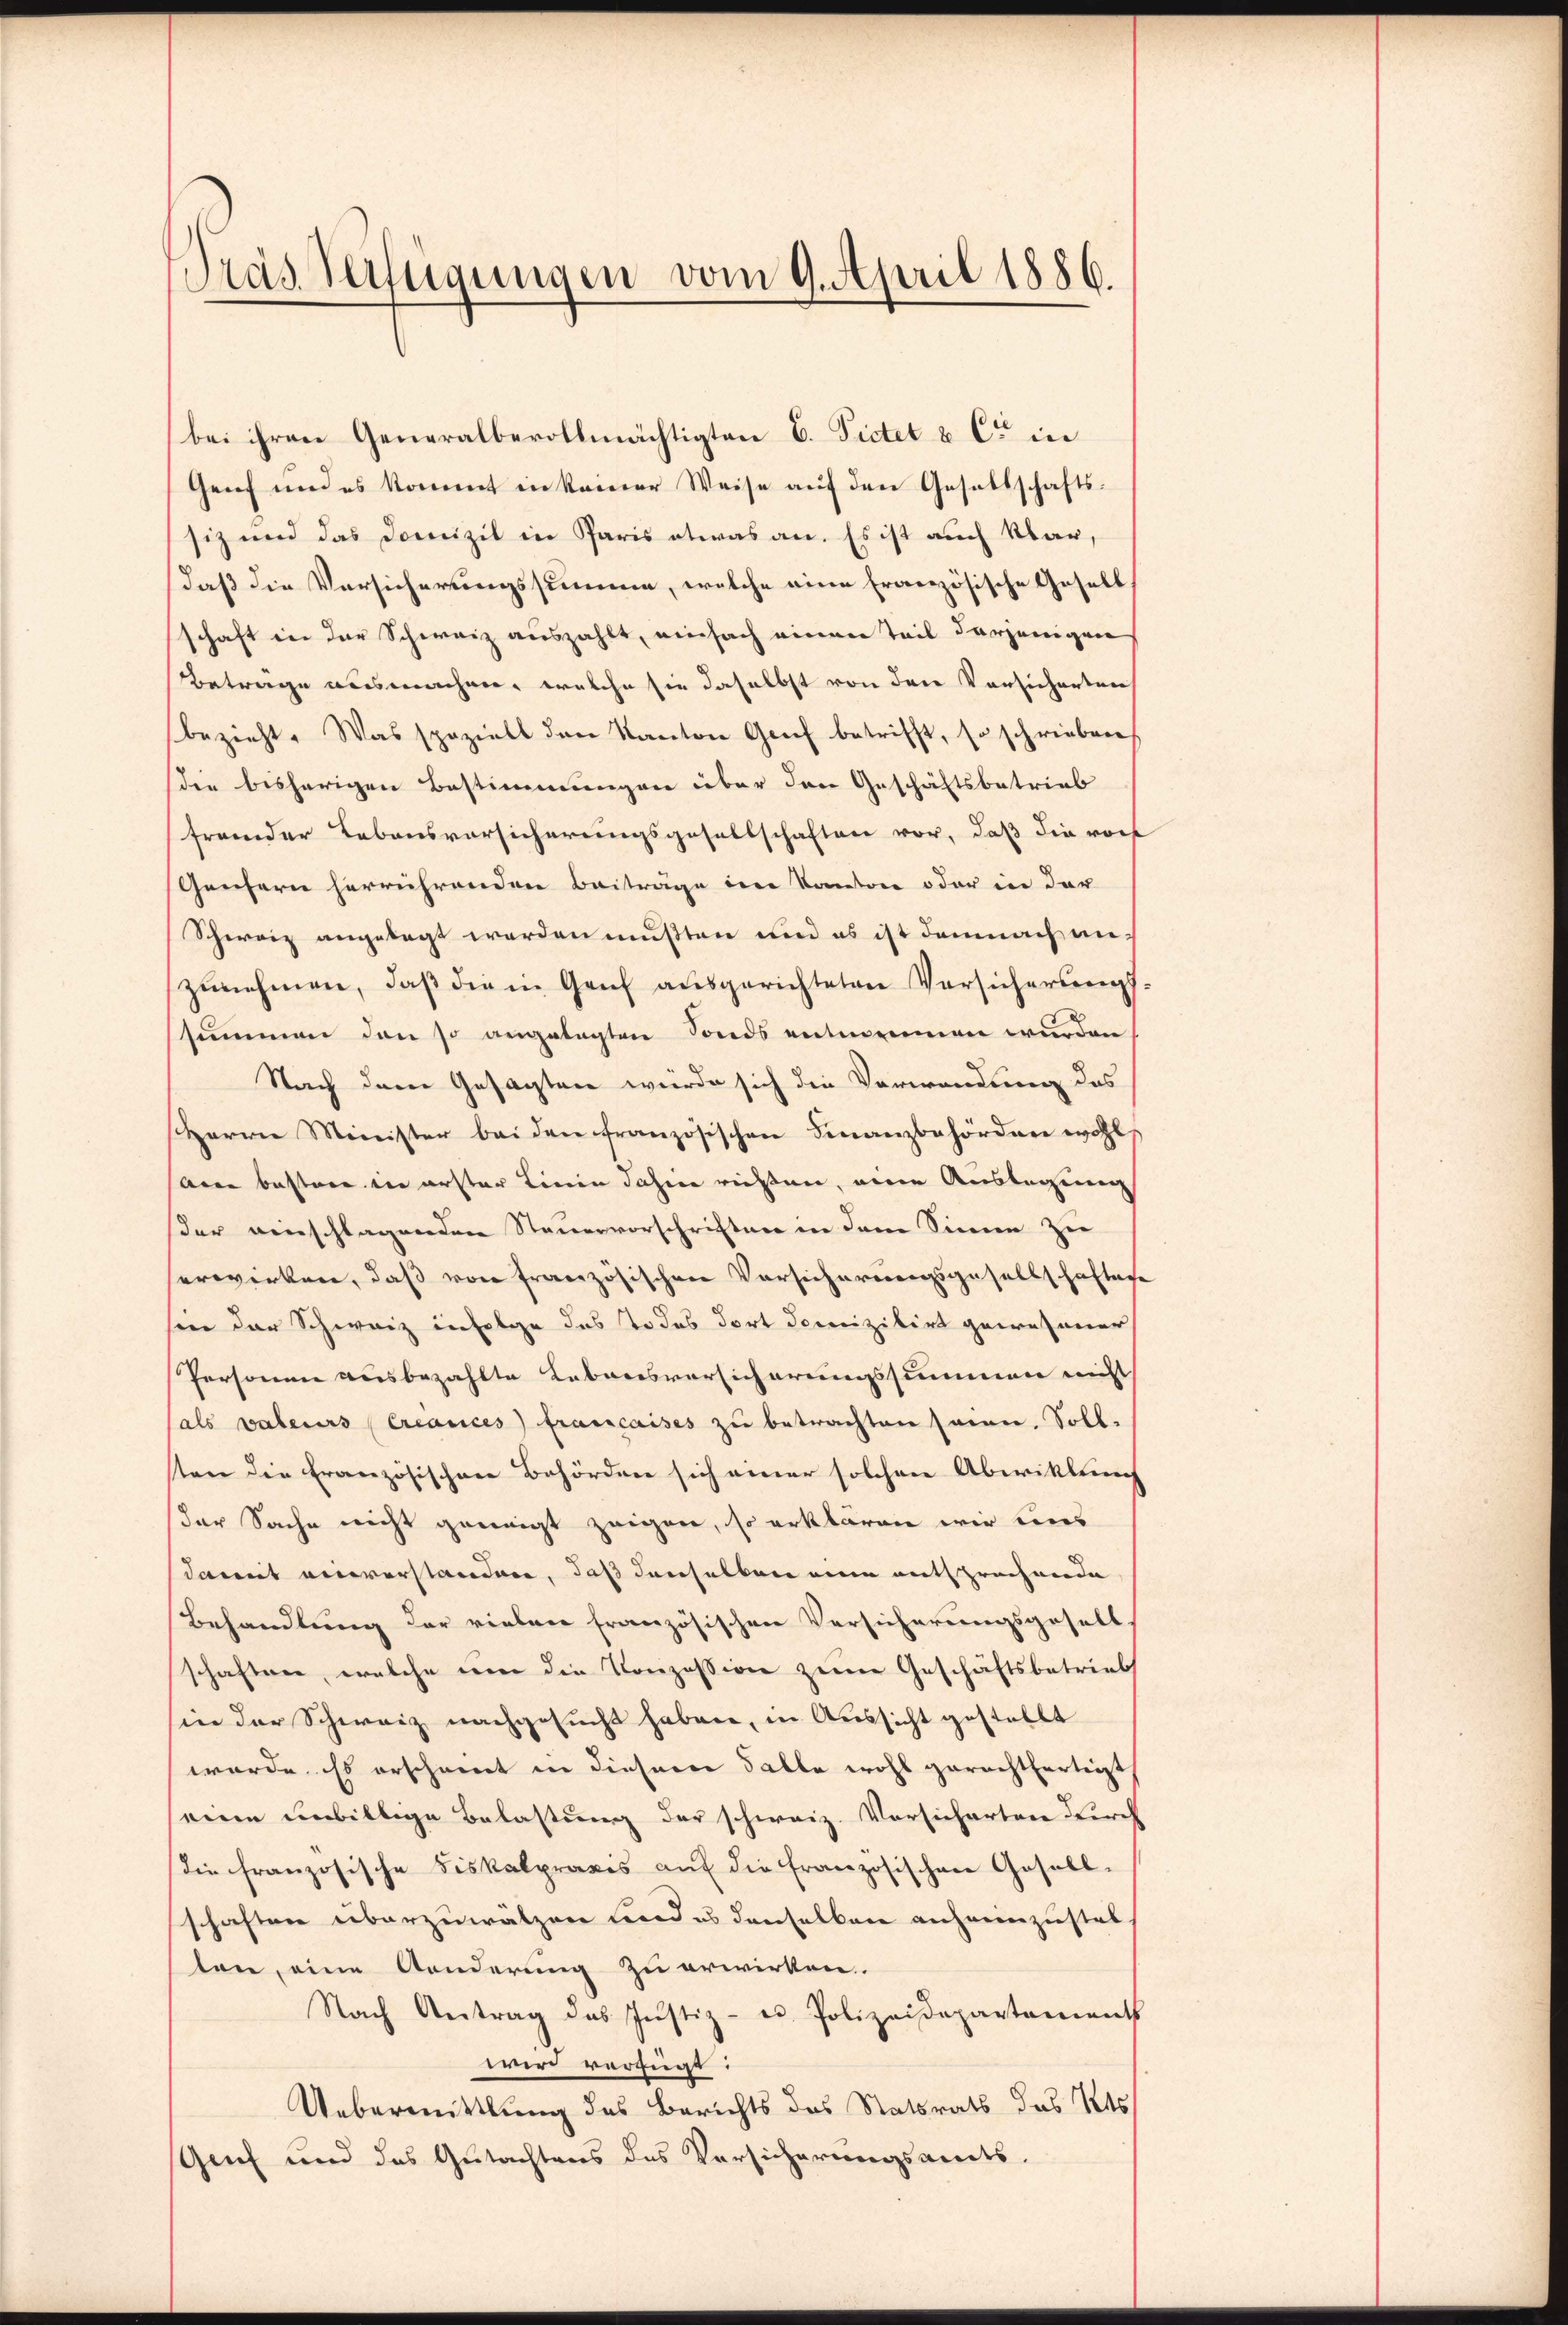
Pras Verfügungen vom 9. April 1886.

bei ihren Generalbevollmächtigten E. Pictet & Cie in
Genf und es kommt in keiner Weise aŭf den Gesellschafts-
siz und das Domizil in Paris etwas an. Es ist auch klar,
daß die Versicherungssumme, welche eine französische Gesell
schaft in der Schweiz auszahlt, einfach einen Teil derjenigen
Betrage ausmachen, welche sie daselbst von den Vorsicherten
bezieht. Was speziell den Kanton Genf betrifft, so schrieben
die bisherigen Bestimmungen über den Geschäftsbetrieb
fremder Lebensvorsicherungsgesellschaften vor, daß die roch
Genfern herrührenden Beiträge in Kanton oder in der
Schweiz angelegt werden mußten und es ist demnach unzunehmen, daß die in Genf ausgerichteten Versicherungssummen den so angelegten Sonds entnommen wurden
Nach dem Gesagten würde sich die Verwendung des
Herrn Minister bei den französischen Finanzbehörden wohl,
Aren bestere in erster Linie Jahren richten, eine Auslegung
der einschlagenden Steuervorschriften in dem Sinne zu
erwirken, daß von französischen Vorsicherungsgesellschaften
sen der Schweiz infolge das Todes dort domizilirt gewesener
Personen ausbezahlte Rebensversicherungssummen nicht
sals valeurs créances francaises zu betrachten seien. Soll
sten die Französischen Behörden sich einer solchen Abwicklung
der Sache nicht geneigt zeigen, so erklären wir uns
damit einverstanden, daß denselben eine entsprechende
Behandlung der vielen französischen Versicherungsgesell
schaften, welche um die Konzession zem Geschäftsbetrieb
sin der Schweiz nachgesucht haben, in Aussicht gestellt
würde. Es erscheint in diesem Falle wohl gerechtfertigt
seine unbillige Belastung der schweiz. Vorsicharten durch
die französische Fiskalpraxis aŭf die Französischen Gesell-
schaften überzuwälzen wordes denselben anfreinzustel
ten, eine Aenderung zu erwirken.
Nach Antrag das Justiz- u. Polizeidepartaments
wird verfügt:
Uebermittlung des Berichts des Statsrats des Kts
Genf und des Gutachtens des Versicherungsandts